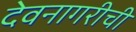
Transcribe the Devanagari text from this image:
देवनागरीची